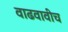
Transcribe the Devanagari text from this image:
वाढवावीच